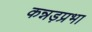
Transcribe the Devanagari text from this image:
कन्नड़प्रभा